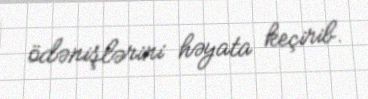
ödənişlərini həyata keçirib.